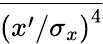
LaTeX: \overline{{{(x^{\prime}/\sigma_{x})}^{4}}}